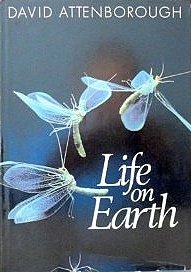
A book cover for Life on Earth: A Natural History; David Attenborough; Science & Math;